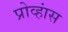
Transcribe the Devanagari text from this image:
प्रोव्हांस